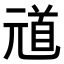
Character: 𫤞